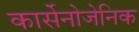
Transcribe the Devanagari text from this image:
कार्सेनोजेनिक